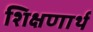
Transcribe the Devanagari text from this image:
शिक्षणार्थ